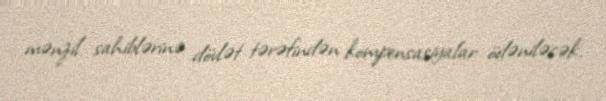
mənzil sahiblərinə dövlət tərəfindən kompensasiyalar ödəniləcək.